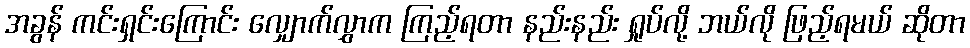
အခွန် ကင်းရှင်းကြောင်း လျှောက်လွှာက ကြည့်ရတာ နည်းနည်း ရှုပ်လို့ ဘယ်လို ဖြည့်ရမယ် ဆိုတာ